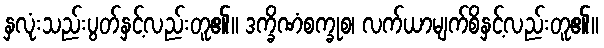
နှလုံးသည်းပွတ်နှင့်လည်းတူ၏။ ဒက္ခိဏံစက္ခုစ၊ လက်ယာမျက်စိနှင့်လည်းတူ၏။